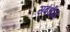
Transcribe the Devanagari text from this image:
सबंधीत